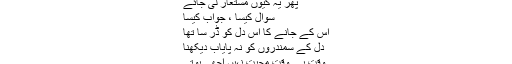
اَب بھی یہاں مَیں ہوں
چشمِ تر سے پھسل نہیں سکتی
پھر یہ کیوں مستعار لی جائے
سوال کیسا ، جواب کیسا
اُس کے جانے کا اِس دل کو ڈر سا تھا
دل کے سمندروں کو نہ پایاب دیکھنا
وقت بے وقت محبت نہیں اچھی ہوتی
سائٹ ایڈمن	 نومبر 20, 2019 0
شامِ فراقِ یار نے ہم کو اداس کر دیا